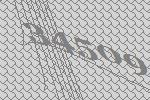
34509